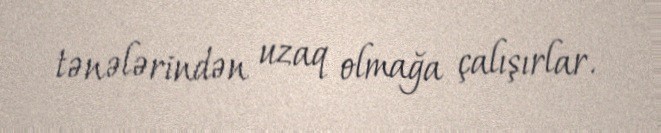
tənələrindən uzaq olmağa çalışırlar.